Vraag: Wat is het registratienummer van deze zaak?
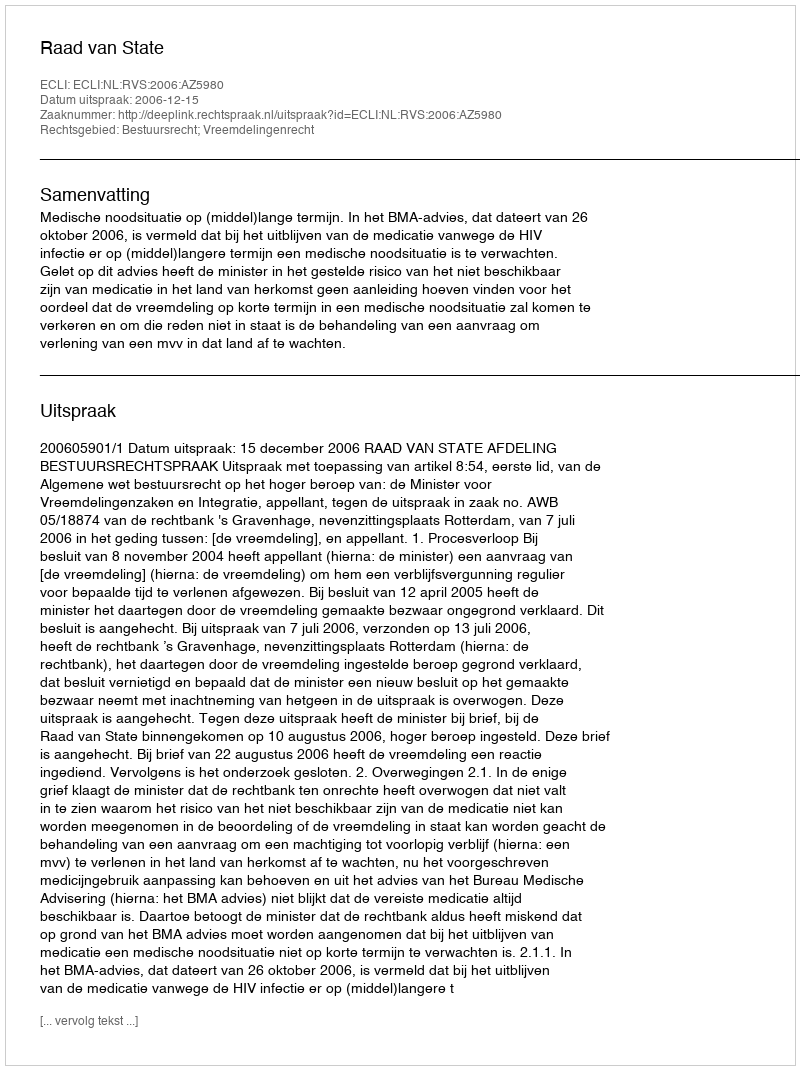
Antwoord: http://deeplink.rechtspraak.nl/uitspraak?id=ECLI:NL:RVS:2006:AZ5980